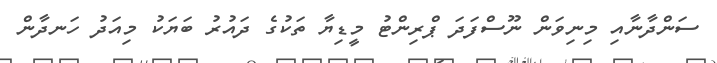
ސަންދާނާއި މިނިވަން ނޫސްފަދަ ޕްރިންޓު މީޑިޔާ ތަކުގެ ދައުރު ބަޔަކު މިއަދު ހަނދާން